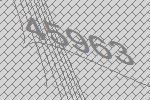
45963